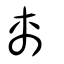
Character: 卨